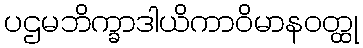
ပဌမဘိက္ခာဒါယိကာဝိမာနဝတ္ထု